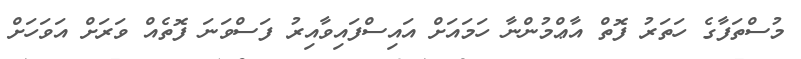
މުސްތަފާގެ ހަތަރު ފޮތް އާޢްމުންނާ ހަމައަށް އައިސްފައިވާއިރު ފަސްވަނަ ފޮތެއް ވަރަށް އަވަހަށް